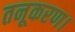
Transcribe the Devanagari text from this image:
तनूकरण।